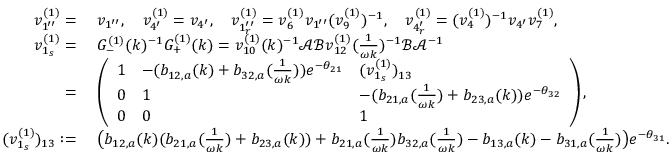
\begin{array} { r l } { v _ { 1 ^ { \prime \prime } } ^ { ( 1 ) } = } & { \; v _ { 1 ^ { \prime \prime } } , \quad v _ { 4 ^ { \prime } } ^ { ( 1 ) } = v _ { 4 ^ { \prime } } , \quad v _ { 1 _ { r } ^ { \prime \prime } } ^ { ( 1 ) } = v _ { 6 } ^ { ( 1 ) } v _ { 1 ^ { \prime \prime } } ( v _ { 9 } ^ { ( 1 ) } ) ^ { - 1 } , \quad v _ { 4 _ { r } ^ { \prime } } ^ { ( 1 ) } = ( v _ { 4 } ^ { ( 1 ) } ) ^ { - 1 } v _ { 4 ^ { \prime } } v _ { 7 } ^ { ( 1 ) } , } \\ { v _ { 1 _ { s } } ^ { ( 1 ) } = } & { \; G _ { - } ^ { ( 1 ) } ( k ) ^ { - 1 } G _ { + } ^ { ( 1 ) } ( k ) = v _ { 1 0 } ^ { ( 1 ) } ( k ) ^ { - 1 } \mathcal { A } \mathcal { B } v _ { 1 2 } ^ { ( 1 ) } ( \frac { 1 } { \omega k } ) ^ { - 1 } \mathcal { B } \mathcal { A } ^ { - 1 } } \\ { = } & { \; \left( \begin{array} { l l l } { 1 } & { - ( b _ { 1 2 , a } ( k ) + b _ { 3 2 , a } ( \frac { 1 } { \omega k } ) ) e ^ { - \theta _ { 2 1 } } } & { ( v _ { 1 _ { s } } ^ { ( 1 ) } ) _ { 1 3 } } \\ { 0 } & { 1 } & { - ( b _ { 2 1 , a } ( \frac { 1 } { \omega k } ) + b _ { 2 3 , a } ( k ) ) e ^ { - \theta _ { 3 2 } } } \\ { 0 } & { 0 } & { 1 } \end{array} \right) , } \\ { ( v _ { 1 _ { s } } ^ { ( 1 ) } ) _ { 1 3 } : = } & { \; \big ( b _ { 1 2 , a } ( k ) ( b _ { 2 1 , a } ( \frac { 1 } { \omega k } ) + b _ { 2 3 , a } ( k ) ) + b _ { 2 1 , a } ( \frac { 1 } { \omega k } ) b _ { 3 2 , a } ( \frac { 1 } { \omega k } ) - b _ { 1 3 , a } ( k ) - b _ { 3 1 , a } ( \frac { 1 } { \omega k } ) \big ) e ^ { - \theta _ { 3 1 } } . } \end{array}